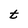
Character: t